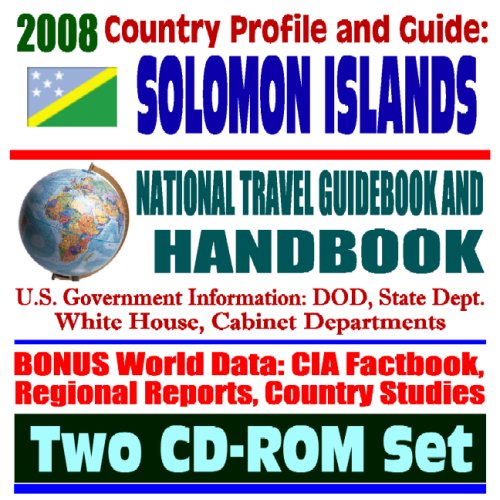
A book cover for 2008 Country Profile and Guide to Solomon Islands - National Travel Guidebook and Handbook - Guadalcanal, World War II, Tsunamis, Earthquakes, Brown Tree Snake (Two CD-ROM Set); U.S. Government; Travel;